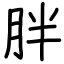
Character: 胖